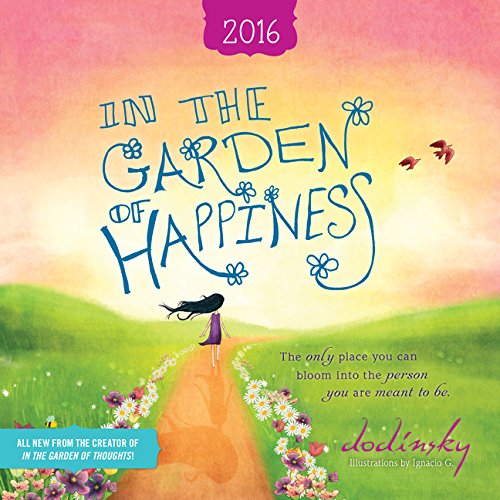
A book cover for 2016 In the Garden of Happiness Wall Calendar; Dodinsky; Calendars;